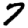
Digit: 7